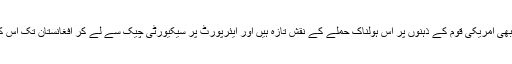
خیال رہے کہ 18 برس بعد بھی امریکی قوم کے ذہنوں پر اس ہولناک حملے کے نقش تازہ ہیں اور ایئرپورٹ پر سیکیورٹی چیک سے لے کر افغانستان تک اس کے اثرات بکھرے ہوئے ہیں۔